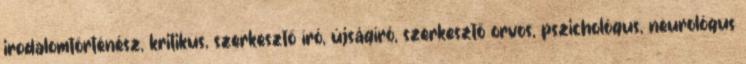
irodalomtörténész, kritikus, szerkesztő író, újságíró, szerkesztő orvos, pszichológus, neurológus